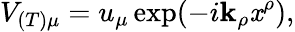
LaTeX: V_{(T)\mu}=u_{\mu}\exp(-i\mathbf{k}_{\rho}\mathit{x}^{\rho}),